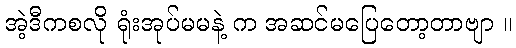
အဲ့ဒီကစလို ရုံးအုပ်မမနဲ့ က အဆင်မပြေတော့တာဗျာ ။